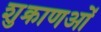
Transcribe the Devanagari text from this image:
शुक्राणओं